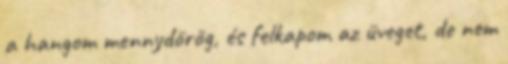
a hangom mennydörög, és felkapom az üveget, de nem